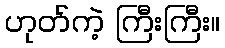
ဟုတ်ကဲ့ ကြီးကြီး။